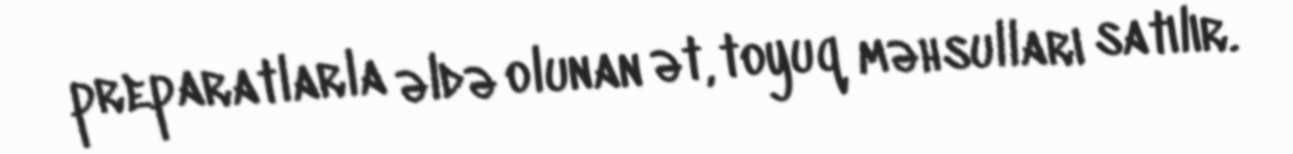
preparatlarla əldə olunan ət, toyuq məhsulları satılır.